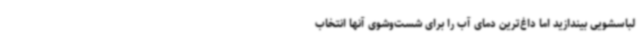
لباسشویی بیندازید اما داغ‌ترین دمای آب را برای شست‌وشوی آنها انتخاب